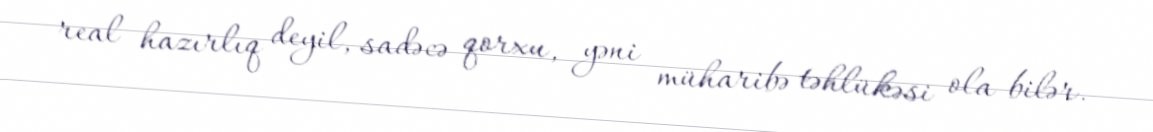
real hazırlıq deyil, sadəcə qorxu, yəni müharibə təhlükəsi ola bilər.